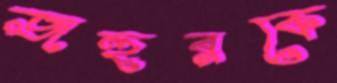
জহুরকে